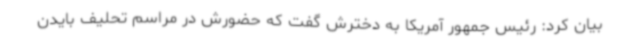
بیان کرد: رئیس جمهور آمریکا به دخترش گفت که حضورش در مراسم تحلیف بایدن